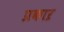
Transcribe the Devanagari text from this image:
प्रकाऱ